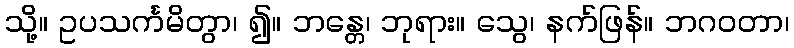
သို့။ ဥပသင်္ကမိတွာ၊ ၍။ ဘန္တေ၊ ဘုရား။ သွေ၊ နက်ဖြန်။ ဘဂဝတာ၊